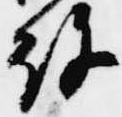
許